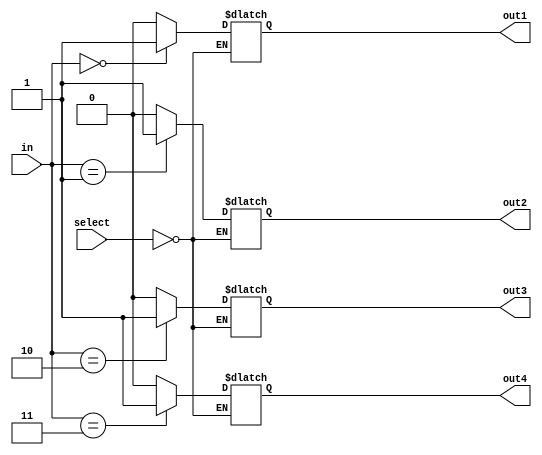
module demux_2to4 (
    input [1:0] in,
    input [1:0] select,
    output reg out1,
    output reg out2,
    output reg out3,
    output reg out4
);

always @ (select)
begin
    case (select)
        2'b00: begin
            out1 = (in == 2'b00) ? 1'b1 : 1'b0;
            out2 = (in == 2'b01) ? 1'b1 : 1'b0;
            out3 = (in == 2'b10) ? 1'b1 : 1'b0;
            out4 = (in == 2'b11) ? 1'b1 : 1'b0;
        end
    endcase
end

endmodule